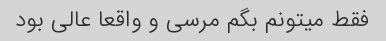
فقط میتونم بگم مرسی و واقعا عالی بود